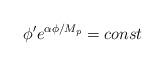
LaTeX: \begin{align*}\phi^{\prime}e^{\alpha\phi/M_{p}}=const\end{align*}